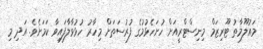
މައުލޫމާތު ޓޫރިޒަމް މިނިސްޓްރީއަށް ހުށަހެޅުމުގެ ފުރުސަތަށް މިހާރު ހުޅުވާލާފައިވާ ކަމަށެވެ. އަދި މި